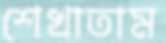
শেখাতাম